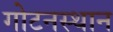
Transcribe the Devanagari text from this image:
गोटनस्थान